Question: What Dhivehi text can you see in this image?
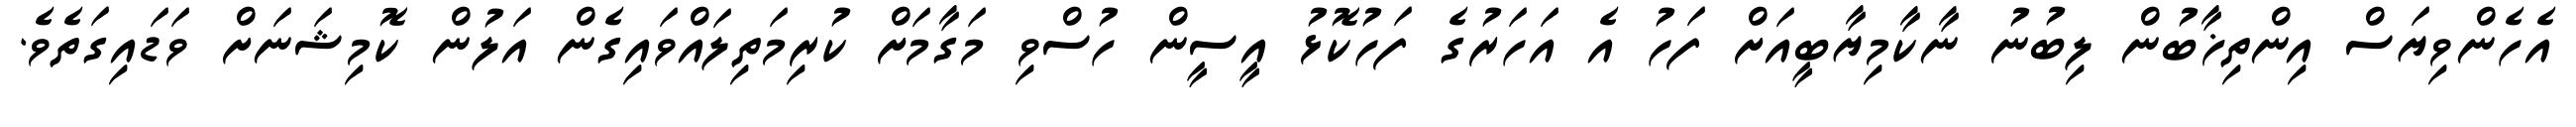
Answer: އެހެންވިޔަސް އިންތިޚާބުން ލިބުނު ނާކާމިޔާބީއަށް ފަހު އެ އަހަރުގެ ފަހުކޮޅު އީސީން ހުސްވި މަގާމަށް ކުރިމަތިލައްވައިގެން އަލުން ކޮމިޝަނަށް ވަޑައިގަތެވެ.